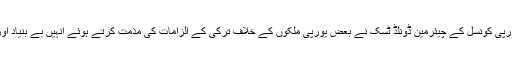
فرانس پریس کے مطابق یورپی کونسل کے چیئرمین ڈونلڈ ٹسک نے بعض یورپی ملکوں کے خلاف ترکی کے الزامات کی مذمت کرتے ہوئے انہیں بے بنیاد اور اشتعال انگیز قرار دیا ہے۔